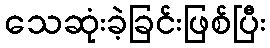
သေဆုံးခဲ့ခြင်းဖြစ်ပြီး